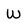
Character: W